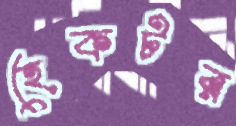
হেকটর